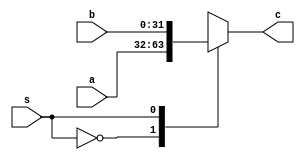
module Mux (a,b,s,c);

    input [31:0]a,b;
    input s;
    output reg [31:0]c;

    always @(*) 
        begin
            case (s)
                1'b0:
                    begin
                        c = a ;
                    end
                1'b1:
                    begin
                        c = b ;
                    end
                default:
                    begin
                        c = 32'b0 ;
                    end
            endcase
        end

    
endmodule